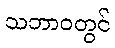
သဘာဝတွင်